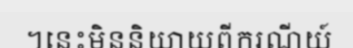
។នេះមិននិយាយពីករណីយ៍